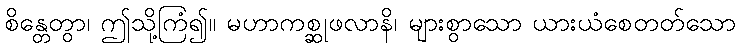
စိန္တေတွာ၊ ဤသို့ကြံ၍။ မဟာကစ္ဆုဖလာနိ၊ များစွာသော ယားယံစေတတ်သော